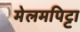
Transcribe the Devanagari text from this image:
मेलमपिट्टा